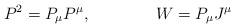
LaTeX: \begin{align*}P^2=P_\mu P^\mu , \qquad\qquad W=P_\mu J^\mu\end{align*}